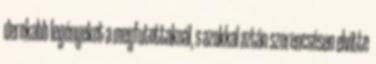
derekabb legényeket a megfutottaknál, s azokkal aztán szerencsésen elvitte